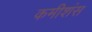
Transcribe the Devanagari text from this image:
कमीशंस